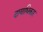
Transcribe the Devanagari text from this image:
दायाधिकार